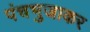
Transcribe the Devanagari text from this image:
पंचभुजाकर